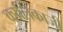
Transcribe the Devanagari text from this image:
कालिकाजी